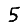
Digit: 5